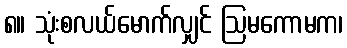
၈။ သုံးစလယ်မောက်လျှင် ဩမကောမက၊